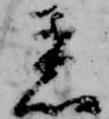
着